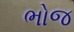
ભોજ